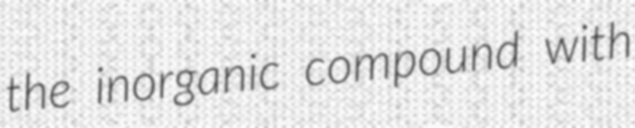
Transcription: the inorganic compound with